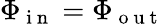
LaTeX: \Phi_{\mathrm{~i~n~}}=\Phi_{\mathrm{~o~u~t~}}